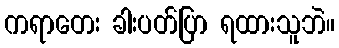
ကရာတေး ခါးပတ်ပြာ ရထားသူဘဲ။